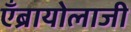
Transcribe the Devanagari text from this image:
एँब्रायोलाजी